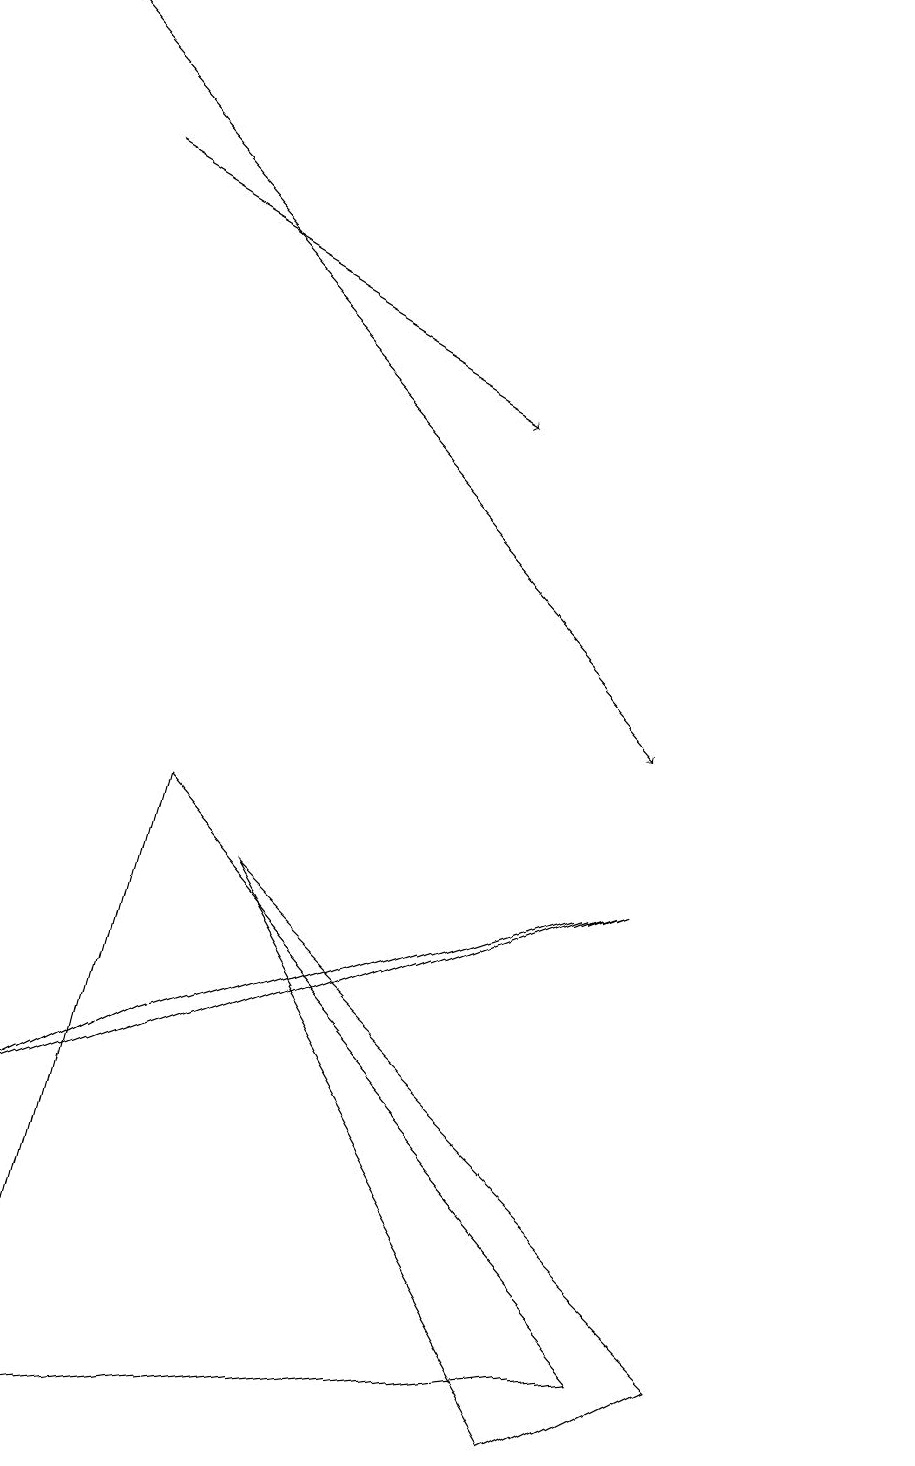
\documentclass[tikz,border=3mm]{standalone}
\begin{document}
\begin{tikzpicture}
\draw (8,2) -- (0,1) -- (2,9) -- cycle;
\draw (8,8) -- (0,5) -- (2,6) -- cycle;
\draw (7,1) -- (9,2) -- (3,8) -- cycle;
\draw (11,11) circle (0);
\draw[->] (0,19) -- (8,10);
\draw[->] (1,17) -- (6,14);
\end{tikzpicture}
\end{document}